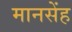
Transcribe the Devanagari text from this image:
मानसेंह